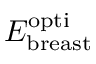
E _ { \mathrm { b r e a s t } } ^ { \mathrm { o p t i } }